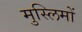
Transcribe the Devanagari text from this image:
मुस्‍लिमों